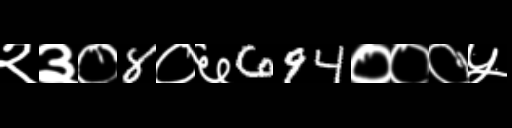
Text: २३०8०६694०००५